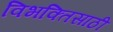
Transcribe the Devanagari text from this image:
विभक्तिसाठी